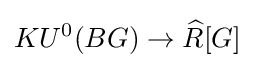
KU^{0}(BG)\to {\widehat {R}}[G]